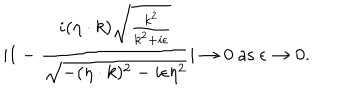
| 1 - { \frac { i ( \eta \cdot k ) \sqrt { { \frac { k ^ { 2 } } { k ^ { 2 } + i \epsilon } } } } { \sqrt { - ( \eta \cdot k ) ^ { 2 } - i \epsilon \eta ^ { 2 } } } } | \to 0 \ \mathrm { a s } \ \epsilon \to 0 .